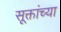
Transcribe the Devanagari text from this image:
सूक्तांच्या